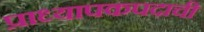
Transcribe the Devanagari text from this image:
प्राध्यापकपदाची